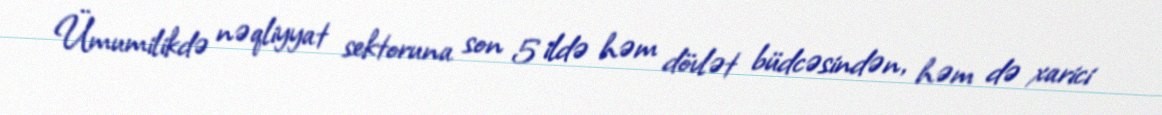
Ümumilikdə nəqliyyat sektoruna son 5 ildə həm dövlət büdcəsindən, həm də xarici